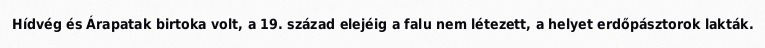
Hídvég és Árapatak birtoka volt, a 19. század elejéig a falu nem létezett, a helyet erdőpásztorok lakták.